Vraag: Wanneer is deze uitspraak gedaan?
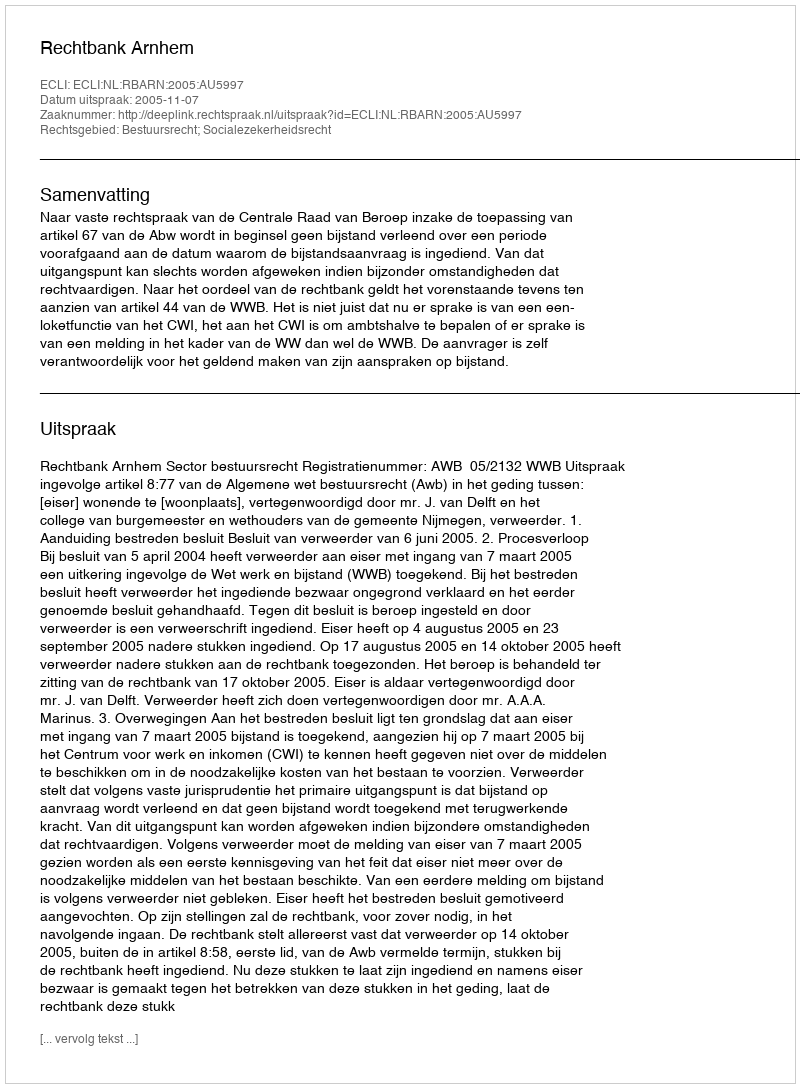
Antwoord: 2005-11-07